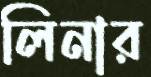
লিনার